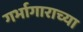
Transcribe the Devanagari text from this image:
गर्भागाराच्या